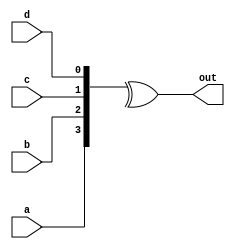
module top_module(
    input a,
    input b,
    input c,
    input d,
    output out  ); 
	
    assign out = ^{a,b,c,d};
endmodule